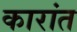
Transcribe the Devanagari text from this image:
कारांत